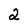
Character: 2